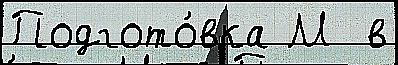
Подгото́вка М  в